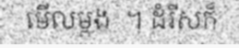
មើលម្តង  ។ ដំរីសក៏